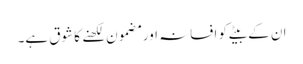
ان کے بیٹے کو افسانہ اور مضمون لکھنے کا شوق ہے۔